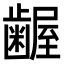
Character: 𮯎